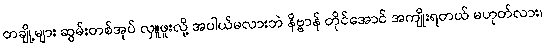
တချို့များ ဆွမ်းတစ်အုပ် လှူဖူးလို့ အပါယ်မလားဘဲ နိဗ္ဗာန် တိုင်အောင် အကျိုးရတယ် မဟုတ်လား၊